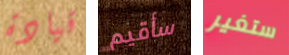
قيادة سأقيم ستغير